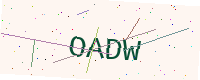
Text: OADW